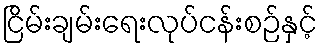
ငြိမ်းချမ်းရေးလုပ်ငန်းစဉ်နှင့်